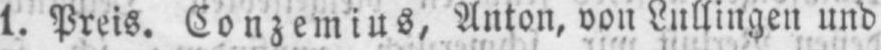
l. Preis. Conzemius, Anton, von Lullingen und